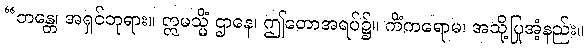
“ဘန္တေ၊ အရှင်ဘုရား။ ဣမသ္မိံ ဌာနေ၊ ဤတောအရပ်၌။ ကိံကရောမ၊ အသို့ပြုအံ့နည်း။